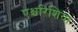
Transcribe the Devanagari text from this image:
एश्चरिशिया